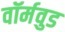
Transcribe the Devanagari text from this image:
वॉर्मवुड